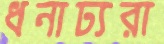
ধনাঢ্যরা